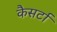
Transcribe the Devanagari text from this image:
कैसर्टा